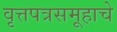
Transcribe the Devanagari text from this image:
वृत्तपत्रसमूहाचे